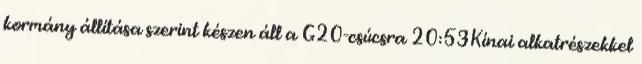
kormány állítása szerint készen áll a G20-csúcsra 20:53Kínai alkatrészekkel